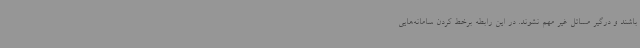
باشند و درگیر مسائل غیر مهم نشوند. در این رابطه برخط کردن سامانه‌هایی